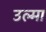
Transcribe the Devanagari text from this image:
उल्मा